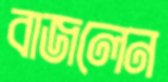
বাজলেন